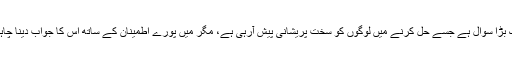
یہ ایک بڑا سوال ہے جسے حل کرنے میں لوگوں کو سخت پریشانی پیش آرہی ہے، مگر میں پورے اطمینان کے ساتھ اس کا جواب دینا چاہتا ہوں۔